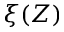
\xi ( Z )